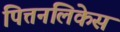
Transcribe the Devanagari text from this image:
पित्तनलिकेस